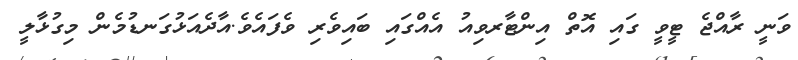
ވަނީ ރާއްޖެ ޓީވީ ގައި އޮތް އިންޓާރވިއު އެއްގައި ބައިވެރި ވެފައެވެ.އާދެއަޅުގަނޑުމެން މިގުޅާލީ